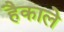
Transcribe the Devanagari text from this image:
हैकाले